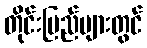
တိုင်းပြည်များတွင်